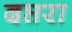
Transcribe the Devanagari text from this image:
दप्तरा